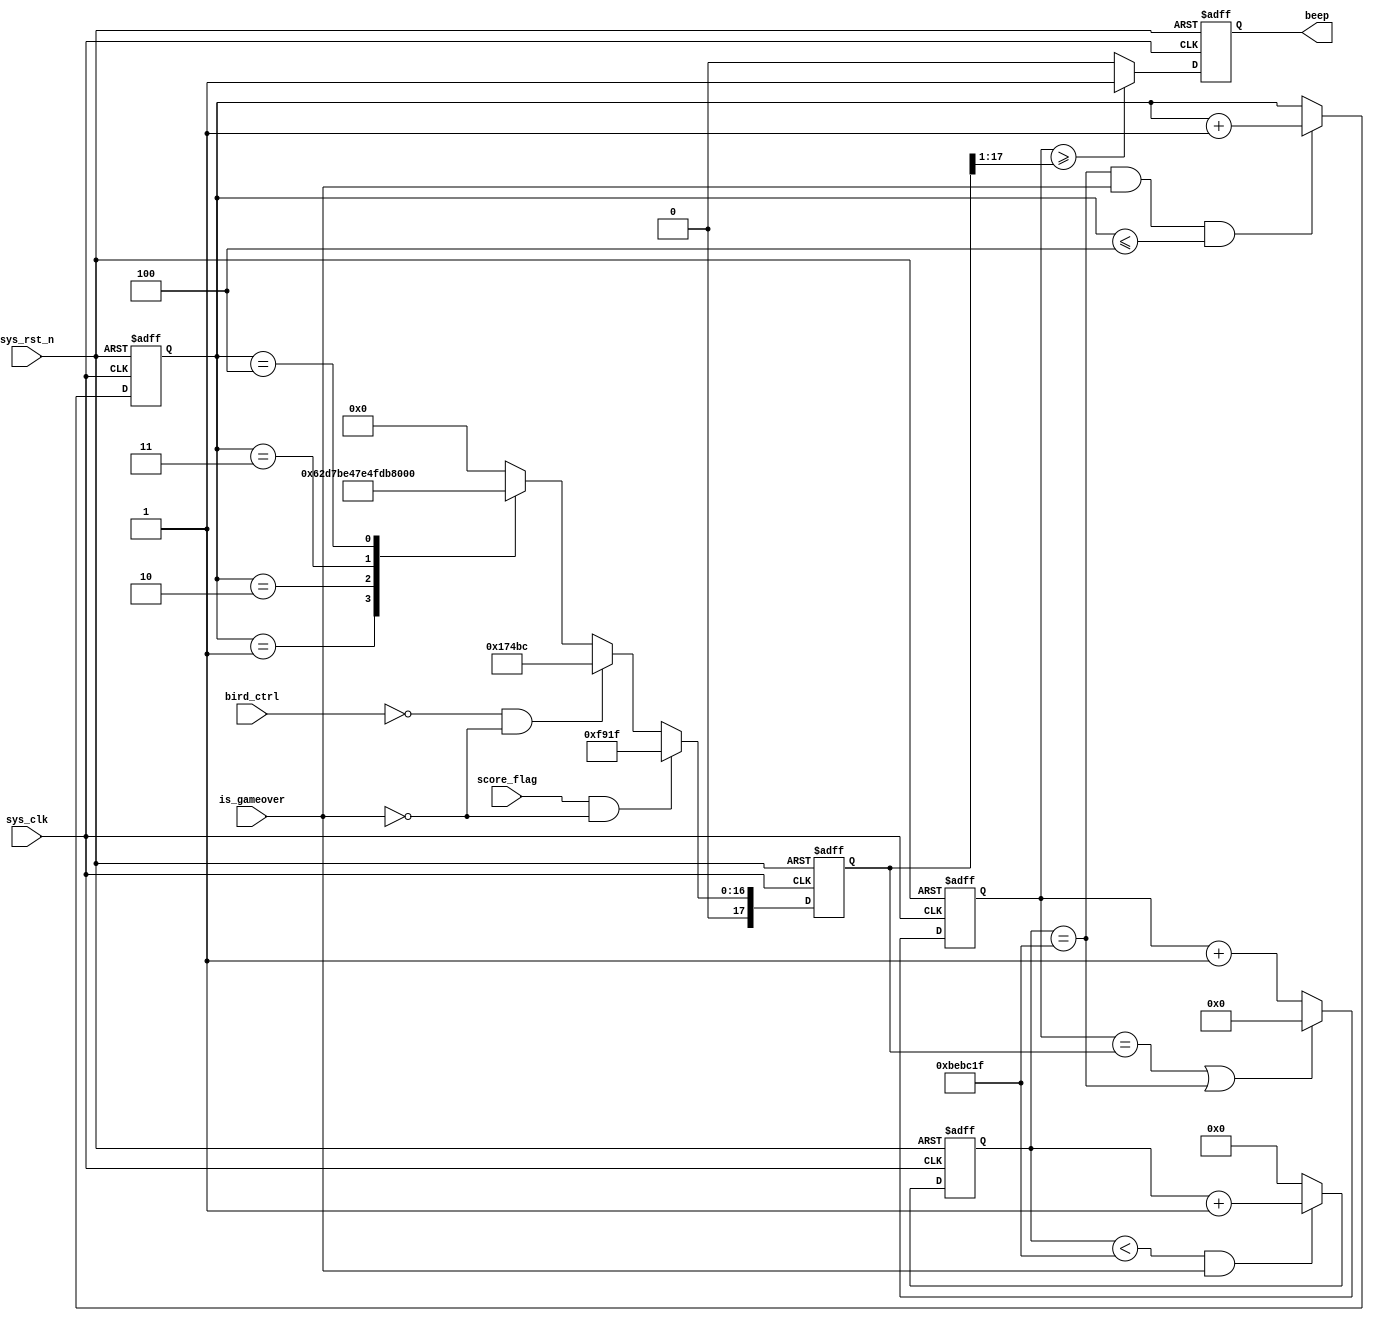
`timescale  1ns/1ns


module  beep
#(
    parameter   TIME_500MS =   25'd12499999,   //0.5s
    parameter   DO  =   18'd95420 ,   //""262
    parameter   RE  =   18'd85034 ,   //""294
    parameter   MI  =   18'd75757 ,   //""330
    parameter   FA  =   18'd71633 ,   //""349
    parameter   SO  =   18'd63775 ,   //""392
    parameter   LA  =   18'd56818 ,   //""440
    parameter   XI  =   18'd50607     //""494
)
(
    input   wire        sys_clk     ,   //,50MHz
    input   wire        sys_rst_n   ,   //
	 
	 input   wire        score_flag,
	 
	 input wire          bird_ctrl,
	 input wire          is_gameover,
	 
    output  reg         beep            //
);

//********************************************************************//
//****************** Parameter and Internal Signal *******************//
//********************************************************************//

//reg   define
reg     [24:0]  cnt         ;   //0.5s
reg     [17:0]  freq_cnt    ;   //
reg     [2:0]   cnt_500ms   ;   //0.5s
reg     [17:0]  freq_data   ;   //

//wire  define
wire    [16:0]  duty_data   ;   //

//********************************************************************//
//***************************** Main Code ****************************//
//********************************************************************//

//50
assign  duty_data   =   freq_data   >>    1'b1;

//cnt:0.5s
always@(posedge sys_clk or  negedge sys_rst_n)
    if(sys_rst_n == 1'b0)
        cnt <=  25'd0;
    else    if(cnt <TIME_500MS&&is_gameover==1'b1)
        cnt <=   cnt +   1'b1;
    else
        cnt <=  1'b0;

//cnt_500ms500ms0.5s7
always@(posedge sys_clk or  negedge sys_rst_n)
    if(sys_rst_n == 1'b0)
        cnt_500ms   <=  3'd0;
//    else    if(cnt == TIME_500MS &&is_gameover==1'b1&& cnt_500ms ==  4)
//        cnt_500ms   <=  4'd8;
    else    if(cnt == TIME_500MS&&is_gameover==1'b1&&cnt_500ms<=3'd4)
        cnt_500ms   <=  cnt_500ms + 1'b1;

//
//always@(posedge sys_clk or  negedge sys_rst_n)
//    if(sys_rst_n == 1'b0)
//        freq_data   <=  DO;
//    else    case(cnt_500ms)
//        0:  freq_data   <=   DO;
//        1:  freq_data   <=   RE;
//        2:  freq_data   <=   MI;
//        3:  freq_data   <=   FA;
//        4:  freq_data   <=   SO;
//        5:  freq_data   <=   LA;
//        6:  freq_data   <=   XI;
//        default:  freq_data   <=   1'b0;
//    endcase

always@(posedge sys_clk or  negedge sys_rst_n)
    if(sys_rst_n == 1'b0)
       freq_data    <=  18'd0;
	 else if(score_flag == 1'b1&&is_gameover==1'b0)
	    freq_data    <= SO;	  
	 else if(bird_ctrl == 1'b0&&is_gameover==1'b0)
       freq_data    <= DO;    
    else    case(cnt_500ms)
        1:  freq_data   <=   XI;
        2:  freq_data   <=   SO;
        3:  freq_data   <=   MI;
        4:  freq_data   <=   DO;
        default:  freq_data   <=   1'b0;
    endcase
	 




//freq_cnt
always@(posedge sys_clk or  negedge sys_rst_n)
    if(sys_rst_n == 1'b0)
        freq_cnt    <=  18'd0;
    else    if(freq_cnt == freq_data || cnt == TIME_500MS)
        freq_cnt    <=  18'd0;
    else
        freq_cnt    <=  freq_cnt +  1'b1;

//beep
always@(posedge sys_clk or  negedge sys_rst_n)
    if(sys_rst_n == 1'b0)
        beep    <=  1'b0;
    else    if(freq_cnt >= duty_data)
        beep    <=  1'b1;
    else
        beep    <=  1'b0;

endmodule